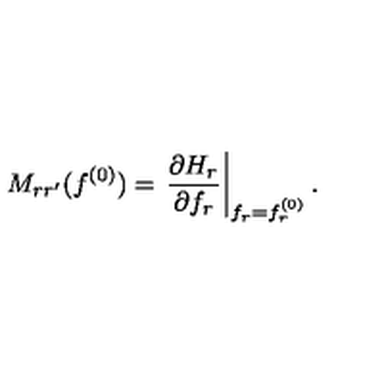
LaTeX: M _ { r r ^ { \prime } } ( f ^ { ( 0 ) } ) = \left. \frac { \partial H _ { r } } { \partial f _ { r } } \right| _ { f _ { r } = f _ { r } ^ { ( 0 ) } } .